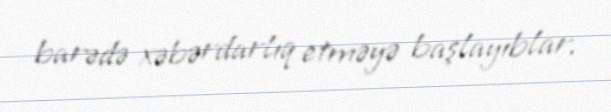
barədə xəbərdarlıq etməyə başlayıblar.